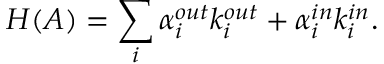
H ( A ) = \sum _ { i } \alpha _ { i } ^ { o u t } k _ { i } ^ { o u t } + \alpha _ { i } ^ { i n } k _ { i } ^ { i n } .